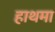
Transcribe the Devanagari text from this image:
हाथमा